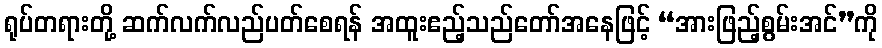
ရုပ်တရားတို့ ဆက်လက်လည်ပတ်စေရန် အထူးဧည့်သည်တော်အနေဖြင့် “အားဖြည့်စွမ်းအင်”ကို